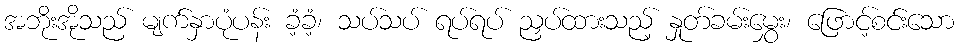
အဘိုးအိုသည် မျက်နှာပုံပန်း ခံ့ခံ့၊ သပ်သပ် ရပ်ရပ် ညှပ်ထားသည့် နှုတ်ခမ်းမွှေး၊ ဖြောင့်စင်းသော